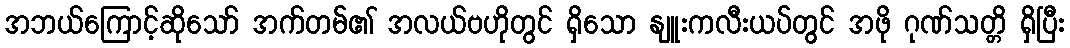
အဘယ်ကြောင့်ဆိုသော် အက်တမ်၏ အလယ်ဗဟိုတွင် ရှိသော နျူးကလီးယပ်တွင် အဖို ဂုဏ်သတ္တိ ရှိပြီး